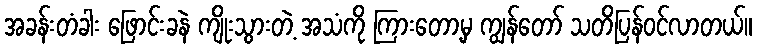
အခန်းတံခါး ဖြောင်းခနဲ ကျိုးသွားတဲ့ အသံကို ကြားတော့မှ ကျွန်တော် သတိပြန်ဝင်လာတယ်။